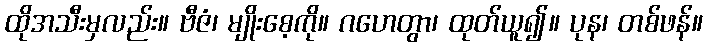
ထိုအသီးမှလည်း။ ဗီဇံ၊ မျိုးစေ့ကို။ ဂဟေတွာ၊ ထုတ်ယူ၍။ ပုန၊ တစ်ဖန်။